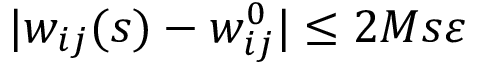
| w _ { i j } ( s ) - w _ { i j } ^ { 0 } | \leq 2 M s \varepsilon